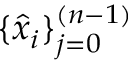
\{ \hat { x } _ { i } \} _ { j = 0 } ^ { ( n - 1 ) }